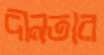
দীনতার